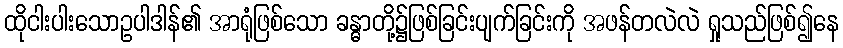
ထိုငါးပါးသောဥပါဒါန်၏ အာရုံဖြစ်သော ခန္ဓာတို့၌ဖြစ်ခြင်းပျက်ခြင်းကို အဖန်တလဲလဲ ရှုသည်ဖြစ်၍နေ